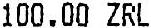
100.00 ZRL